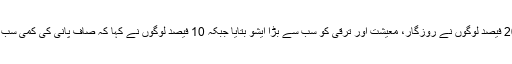
یوپی کے قریب 20 فیصد لوگوں نے روزگار، معیشت اور ترقی کو سب سے بڑا ایشو بتایا جبکہ 10 فیصد لوگوں نے کہا کہ صاف پانی کی کمی سب سے بڑا ایشو ہے۔